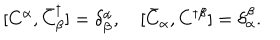
[ C ^ { \alpha } , \bar { C } _ { \beta } ^ { \dagger } ] = \delta _ { \beta } ^ { \alpha } , \quad [ \bar { C } _ { \alpha } , C ^ { \dagger \beta } ] = \delta _ { \alpha } ^ { \beta } .